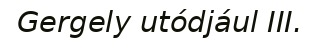
Gergely utódjául III.